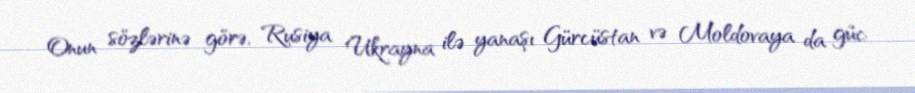
Onun sözlərinə görə, Rusiya Ukrayna ilə yanaşı Gürcüstan və Moldovaya da güc